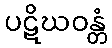
ပဋိဃဝန္တံ